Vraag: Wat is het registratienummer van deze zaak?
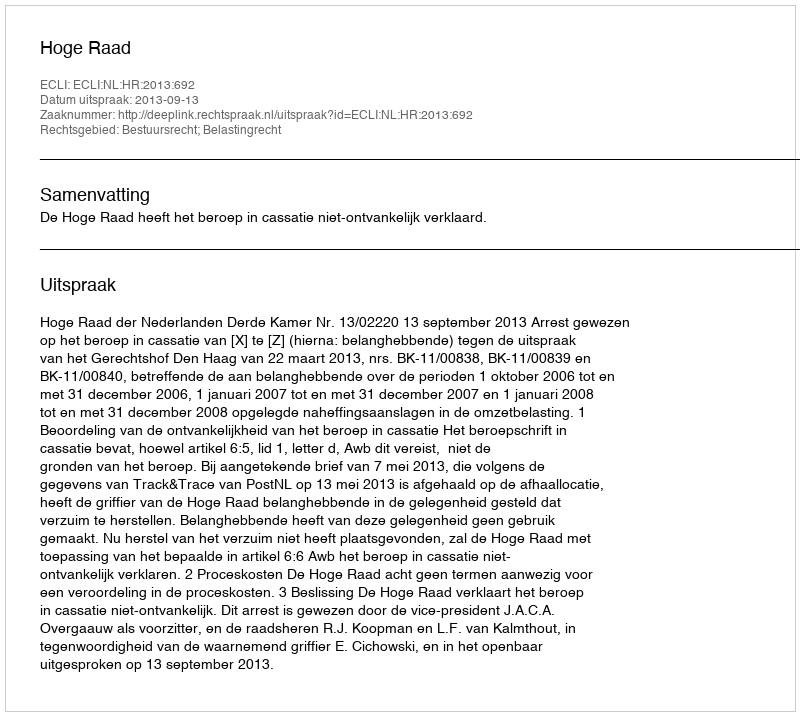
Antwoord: http://deeplink.rechtspraak.nl/uitspraak?id=ECLI:NL:HR:2013:692